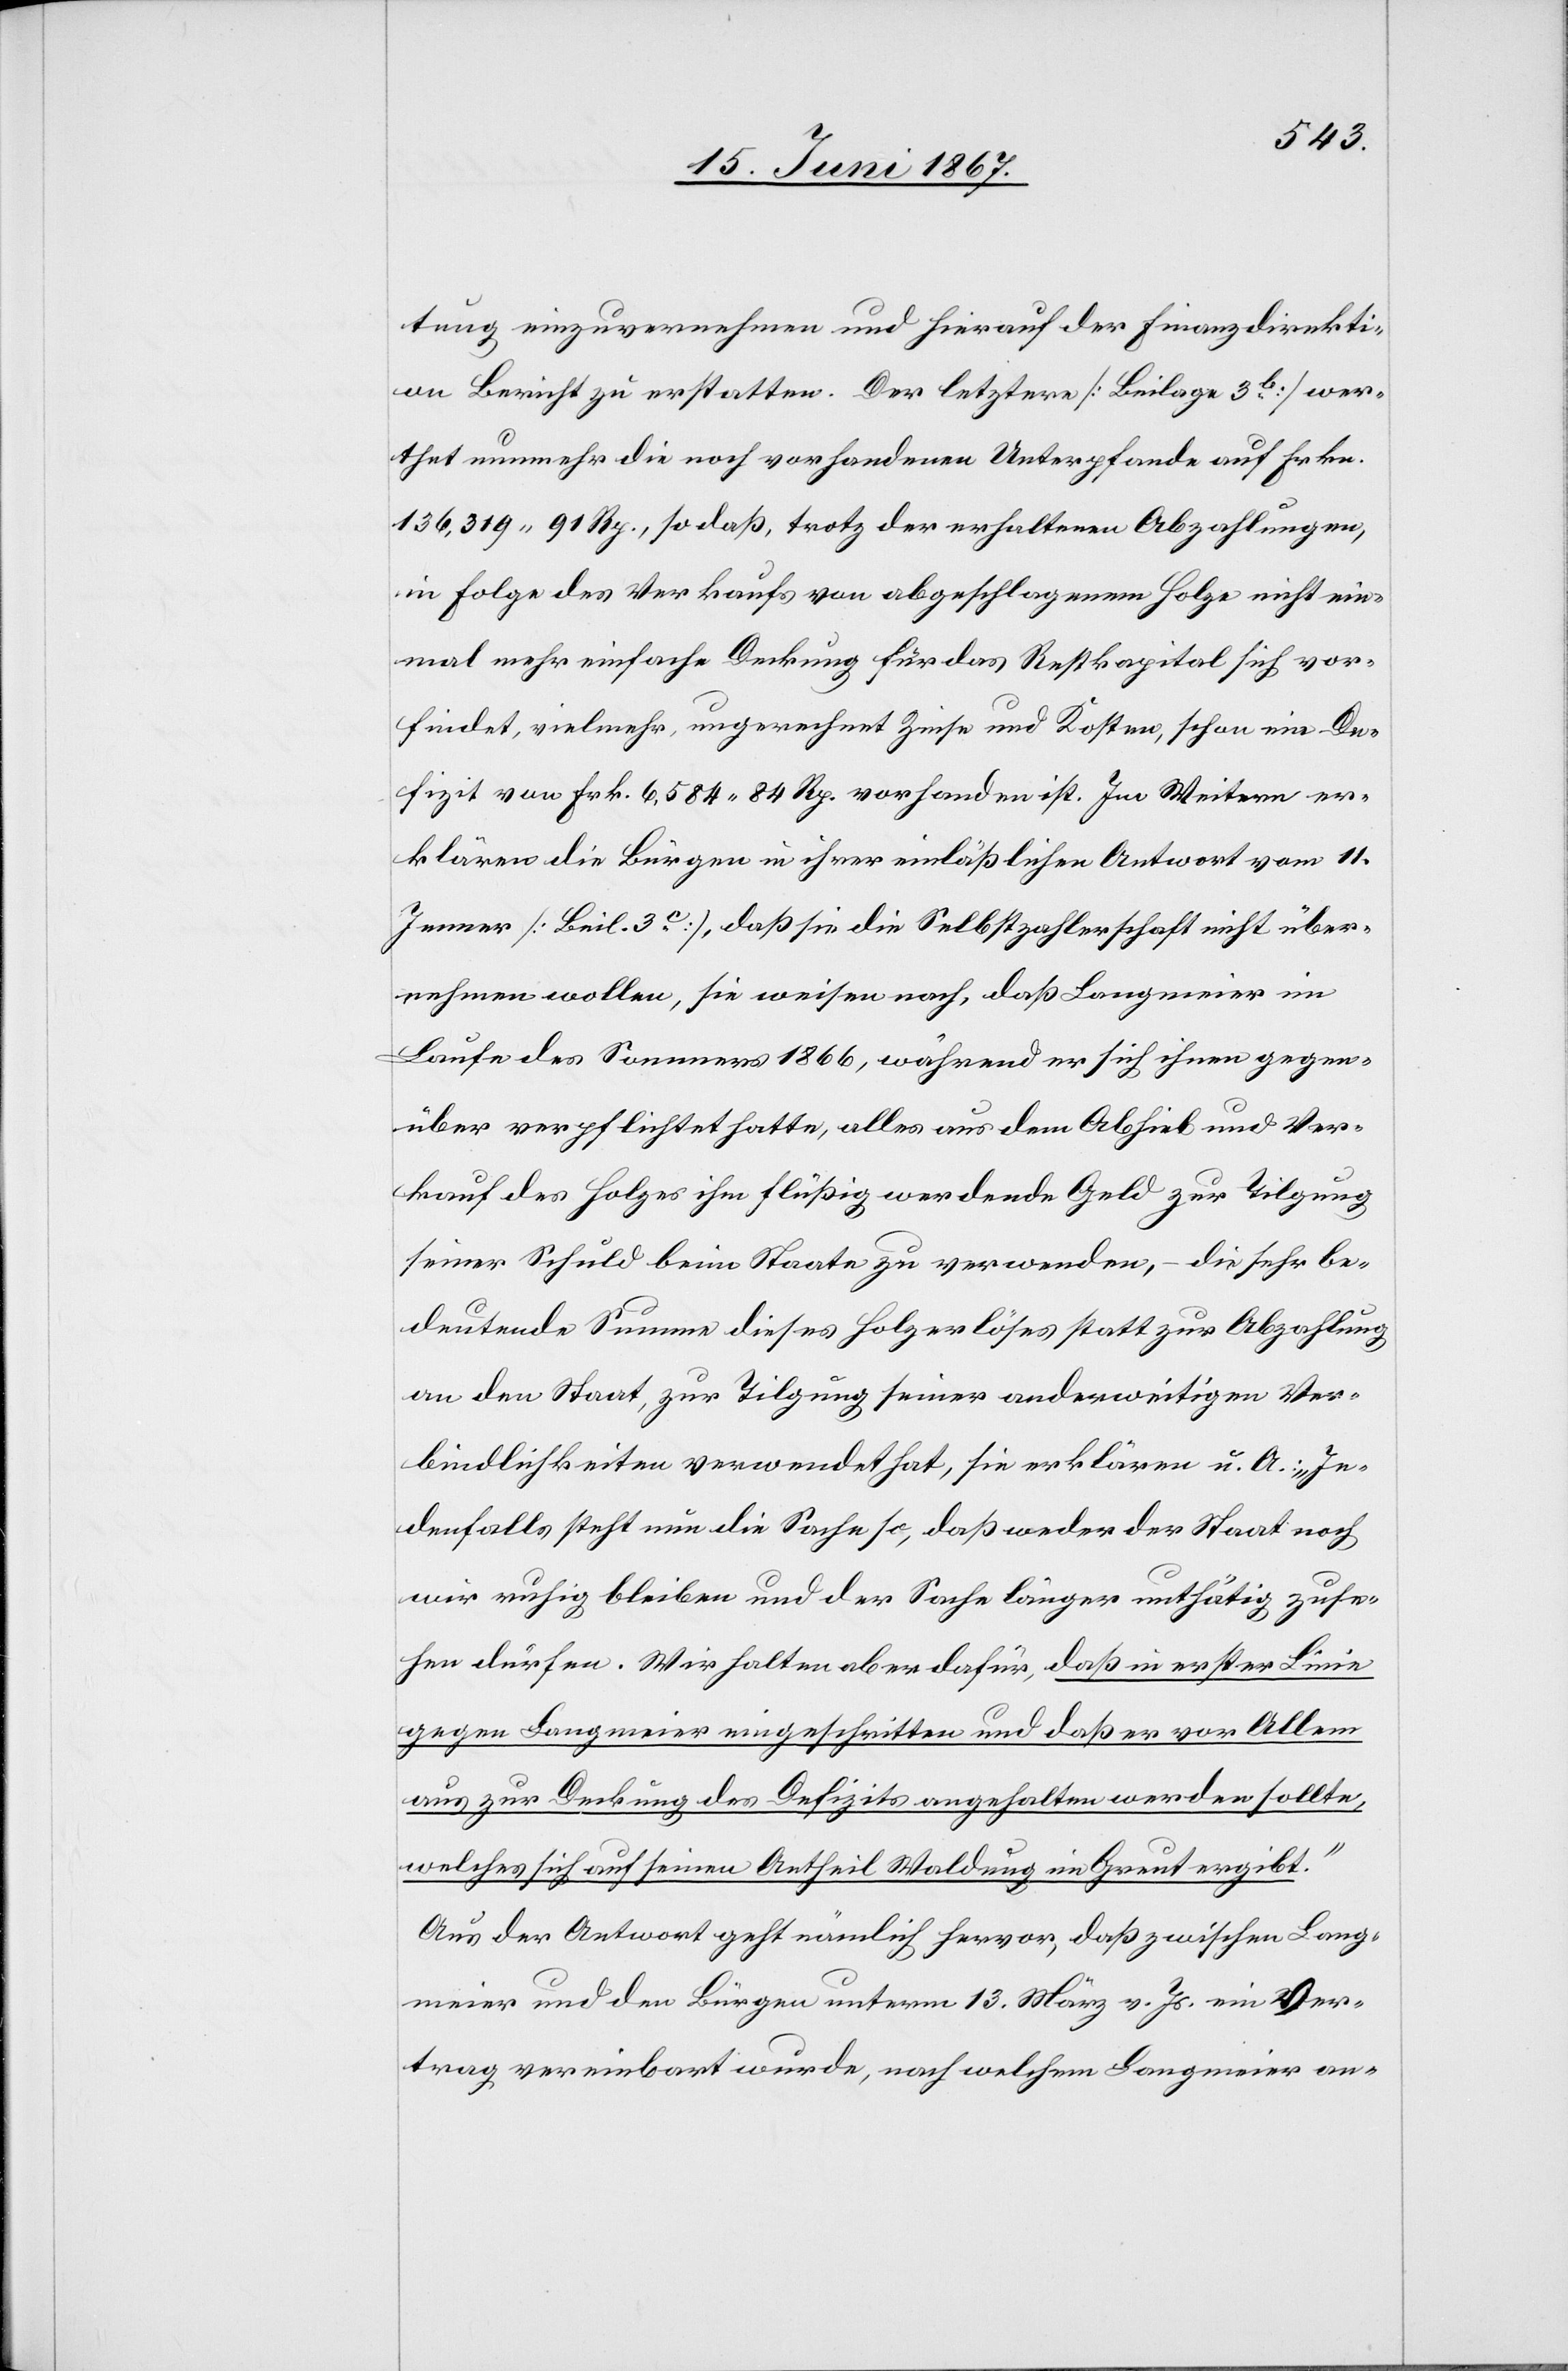
tung einzuvernehmen und hierauf der Finanzdirekti¬
on Bericht zu erstatten. Der letztere [Beilage 3 b] wer¬
thet nunmehr die noch vorhandenen Unterpfande auf Frk¬
n.136 319.91. Rp., so daß, trotz der erhaltenen Abzahlungen,
in Folge des Verkaufs von abgeschlagenem Holze nicht ein¬
mal mehr einfache Deckung für das Restkapital sich vor¬
findet, vielmehr, ungerechnet Zinse und Kosten, schon ein De¬
fizit von Frk. 6 583.84 Rp. vorhanden ist. Im Weitern er¬
klären die Bürgen in ihrer einläßlichen Antwort vom 11.
Jenner [Beil. 3 c.], daß sie die Selbstzahlerschaft nicht über¬
nehmen wollen, sie weisen nach, daß Langmeier im
Laufe des Sommers 1866, während er sich ihnen gegen¬
über verpflichtet hatte, alles aus dem Abhieb und Ver¬
kauf des Holzes ihm flüßig werdende Geld zur Tilgung
seiner Schuld beim Staate zu verwenden, – die sehr be¬
deutende Summe dieses Holzerlöses statt zur Abzahlung
an den Staat, zur Tilgung seiner anderweitigen Ver¬
bindlichkeiten verwendet hat, sie erklären u. A.: „Je¬
denfalls steht nun die Sache so, daß weder der Staat noch
wir ruhig bleiben und der Sache länger unthätig zuse¬
hen dürfen. Wir halten aber dafür, daß in erster Linie
gegen Langmeier eingeschritten und daß er vor Allem
aus zur Deckung des Defizits angehalten werden sollte,
welches sich auf seinen Antheil Waldung im Greut ergibt.“
Aus der Antwort geht nämlich hervor, daß zwischen Lang¬
meier und den Bürgen unterm 13. März v. Js. ein Ver¬
trag vereinbart wurde, nach welchem Langmeier an-